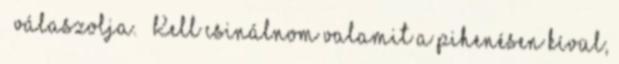
– válaszolja. – Kell csinálnom valamit a pihenésen kívül,